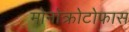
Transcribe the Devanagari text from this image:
मोनोक्रोटोफास